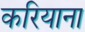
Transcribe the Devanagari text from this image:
करियाना